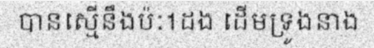
បានស្មើនឹងប៉ៈ1ដង ដើមទ្រូងនាង